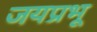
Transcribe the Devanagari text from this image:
जयप्रभू